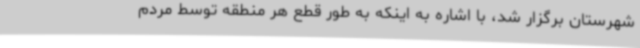
شهرستان برگزار شد، با اشاره به اینکه به طور قطع هر منطقه توسط مردم